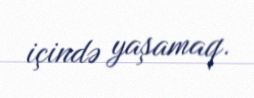
içində yaşamaq.